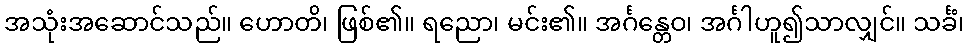
အသုံးအဆောင်သည်။ ဟောတိ၊ ဖြစ်၏။ ရညော၊ မင်း၏။ အင်္ဂန္တေဝ၊ အင်္ဂါဟူ၍သာလျှင်။ သင်္ခံ၊